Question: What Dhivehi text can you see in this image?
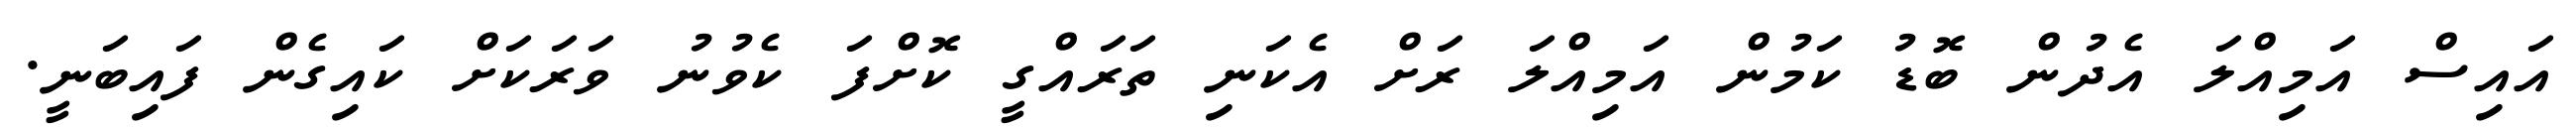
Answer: އައިސް އަމިއްލަ އެދުން ބޮޑު ކަމުން އަމިއްލަ ރަށް އެކަނި ތަރައްގީ ކޮށްފަ ކެވުނު ވަރަކަށް ކައިގެން ފައިބަނީ.